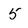
Character: 5